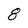
Character: 8